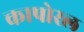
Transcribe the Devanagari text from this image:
कापोरल